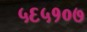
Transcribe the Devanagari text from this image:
५६५१०७